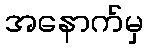
အနောက်မှ